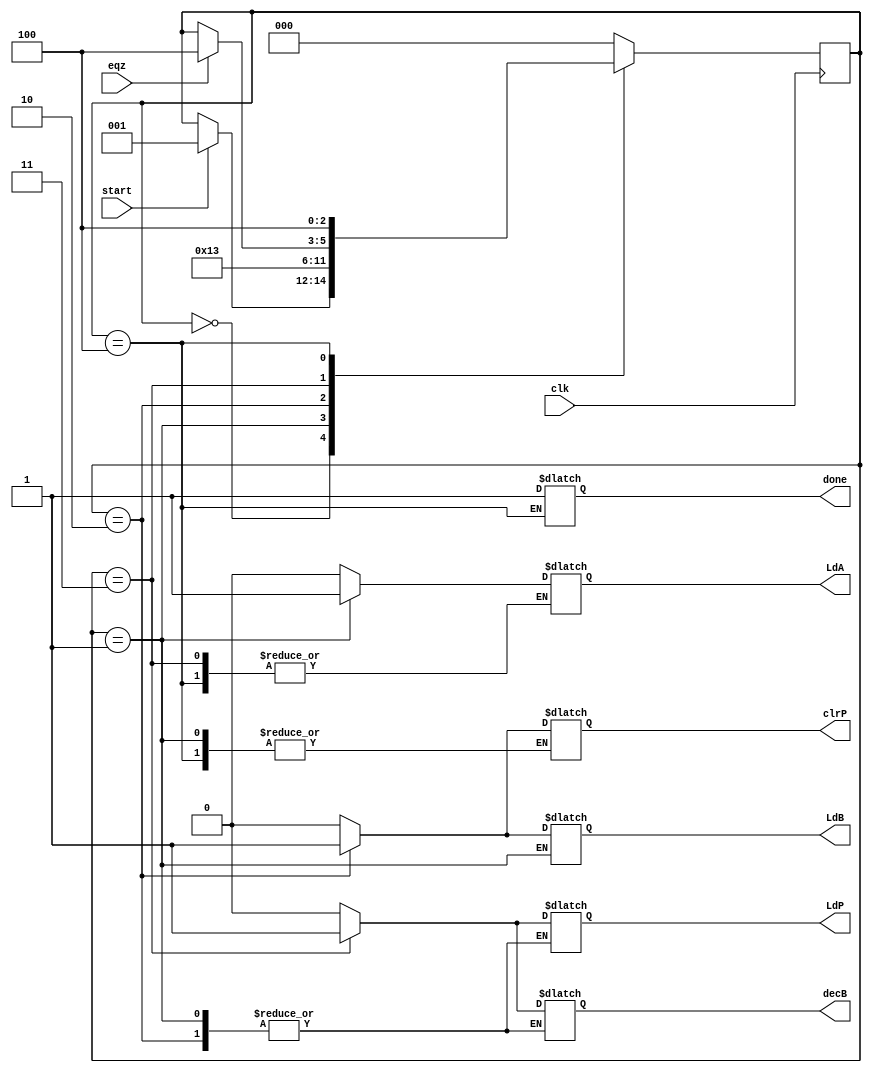
module controller (LdA, LdB, LdP, clrP, decB, done, clk, eqz, start);

input clk,eqz,start;
output reg LdA, LdB, LdP, clrP, decB, done;

reg [2:0] state;
parameter S0 = 3'b000 , S1 = 3'b001 , S2 = 3'b010 , S3 = 3'b011 , S4 = 3'b100 ;

/************************ State Transistions **********************/

always@(posedge clk)
        begin
                case (state)
                            
                            S0 : if(start) state <= S1;
                            S1 : state <= S2;
                            S2 : state <= S3;
                            S3 : #2 if(eqz) state <= S4;  // delay added so as to get better simulation results //
                            S4 : state <= S4;
                            default : state <= S0;
                        
                endcase
        end                    

/************************ Generation of Control Signals **********************/    
    
    always@(state)
        begin
                    case(state)
                        
                        S0 : begin #1 LdA = 0; LdB = 0; LdP = 0; clrP = 0; decB = 0; end
                        S1 : begin #1 LdA = 1; end
                        S2 : begin #1 LdA = 0; LdB = 1; clrP = 1;  end
                        S3 : begin #1 LdB = 0; LdP = 1; clrP = 0; decB = 1; end
                        S4 : begin #1 done = 1; LdB = 0; LdP = 0; decB = 0; end
                        default : begin #1 LdA = 0; LdB = 0; LdP = 0; clrP = 0; decB = 0; end
                    endcase
        end            
    
endmodule